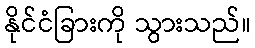
နိုင်ငံခြားကို သွားသည်။